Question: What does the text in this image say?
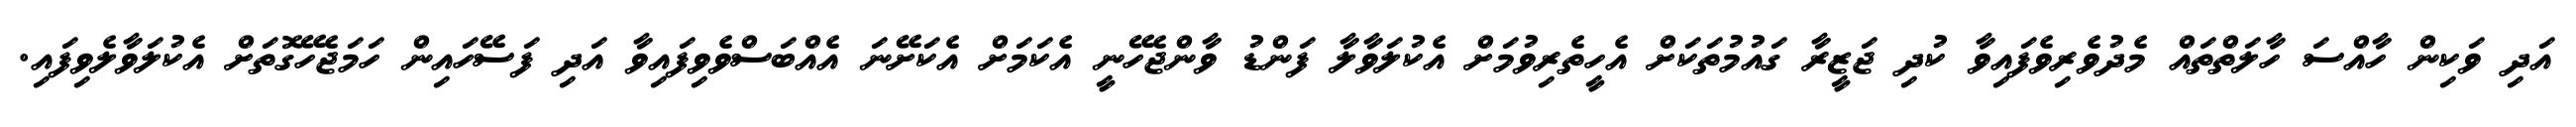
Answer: އަދި ވަކިން ހާއްސަ ހާލަތްތައް މެދުވެރިވެފައިވާ ކުދި ޖަޒީރާ ގައުމުތަކަށް އެހީތެރިވުމަށް އެކުލަވާލާ ފަންޑު ވާންޖެހޭނީ އެކަމަށް އެކަށޭނަ އެއްބަސްވެވިފައިވާ އަދި ފަސޭހައިން ހަމަޖެހޭގޮތަށް އެކުލަވާލެވިފައި.